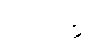
ပါ-၂၇၁။